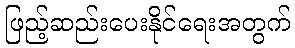
ဖြည့်ဆည်းပေးနိုင်ရေးအတွက်